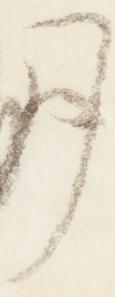
了